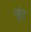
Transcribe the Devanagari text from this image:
खूंड़